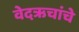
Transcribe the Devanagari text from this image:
वेदऋचांचे